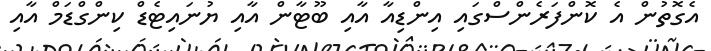
އެގޮތުން އެ ކޮންފަރެންސްގައި އިންޑިއާ އާއި ބޫޓާން އާއި ޔުނައިޓެޑް ކިންގްޑަމް އާއި